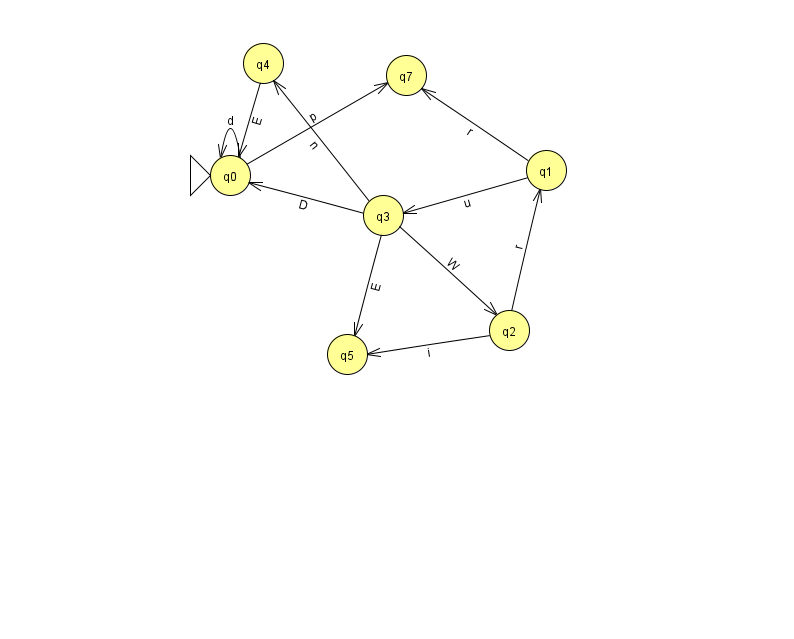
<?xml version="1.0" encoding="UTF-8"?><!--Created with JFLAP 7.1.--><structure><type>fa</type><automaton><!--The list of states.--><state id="0" name="q0"><x>230.0</x><y>162.0</y><initial/></state><state id="1" name="q1"><x>546.0</x><y>157.0</y></state><state id="2" name="q2"><x>509.0</x><y>317.0</y></state><state id="3" name="q3"><x>383.0</x><y>202.0</y></state><state id="4" name="q4"><x>263.0</x><y>50.0</y></state><state id="5" name="q5"><x>347.0</x><y>341.0</y></state><state id="7" name="q7"><x>406.0</x><y>62.0</y></state><!--The list of transitions.--><transition><from>0</from><to>7</to><read>p</read></transition><transition><from>1</from><to>3</to><read>u</read></transition><transition><from>1</from><to>7</to><read>r</read></transition><transition><from>2</from><to>1</to><read>r</read></transition><transition><from>4</from><to>0</to><read>E</read></transition><transition><from>3</from><to>0</to><read>D</read></transition><transition><from>3</from><to>2</to><read>W</read></transition><transition><from>0</from><to>0</to><read>d</read></transition><transition><from>3</from><to>5</to><read>E</read></transition><transition><from>2</from><to>5</to><read>i</read></transition><transition><from>3</from><to>4</to><read>n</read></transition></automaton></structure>